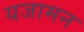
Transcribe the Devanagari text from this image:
यजामन